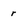
Character: r